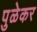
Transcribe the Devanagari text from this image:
पुळेकर